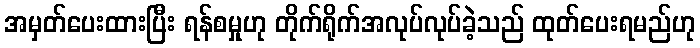
အမှတ်ပေးထားပြီး ရန်စမှုဟု တိုက်ရိုက်အလုပ်လုပ်ခဲ့သည် ထုတ်ပေးရမည်ဟု